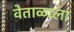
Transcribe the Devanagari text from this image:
वेताळाला